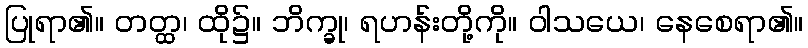
ပြုရာ၏။ တတ္ထ၊ ထို၌။ ဘိက္ခု၊ ရဟန်းတို့ကို။ ဝါသယေ၊ နေစေရာ၏။